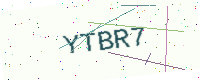
Text: YTBR7